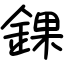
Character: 錁